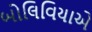
બોલિવિયાએ